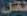
نقل